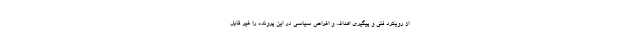
از رویکرد فنی و پیگیری اهداف و اغراض سیاسی در این پرونده را غیر قابل